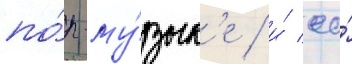
по́п-му́зык'е / и́ ео́